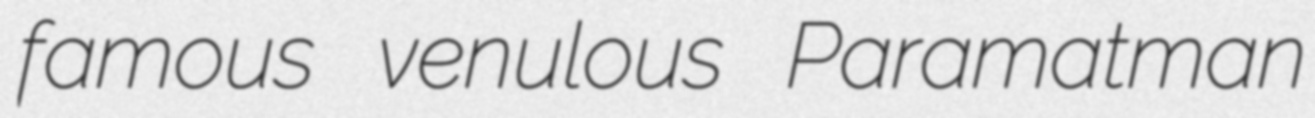
famous venulous Paramatman